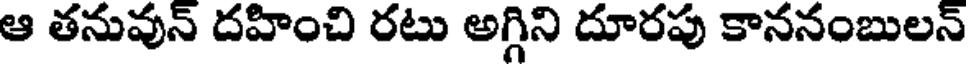
ఆ తనువున్ దహించి రటు అగ్గిని దూరపు కాననంబులన్